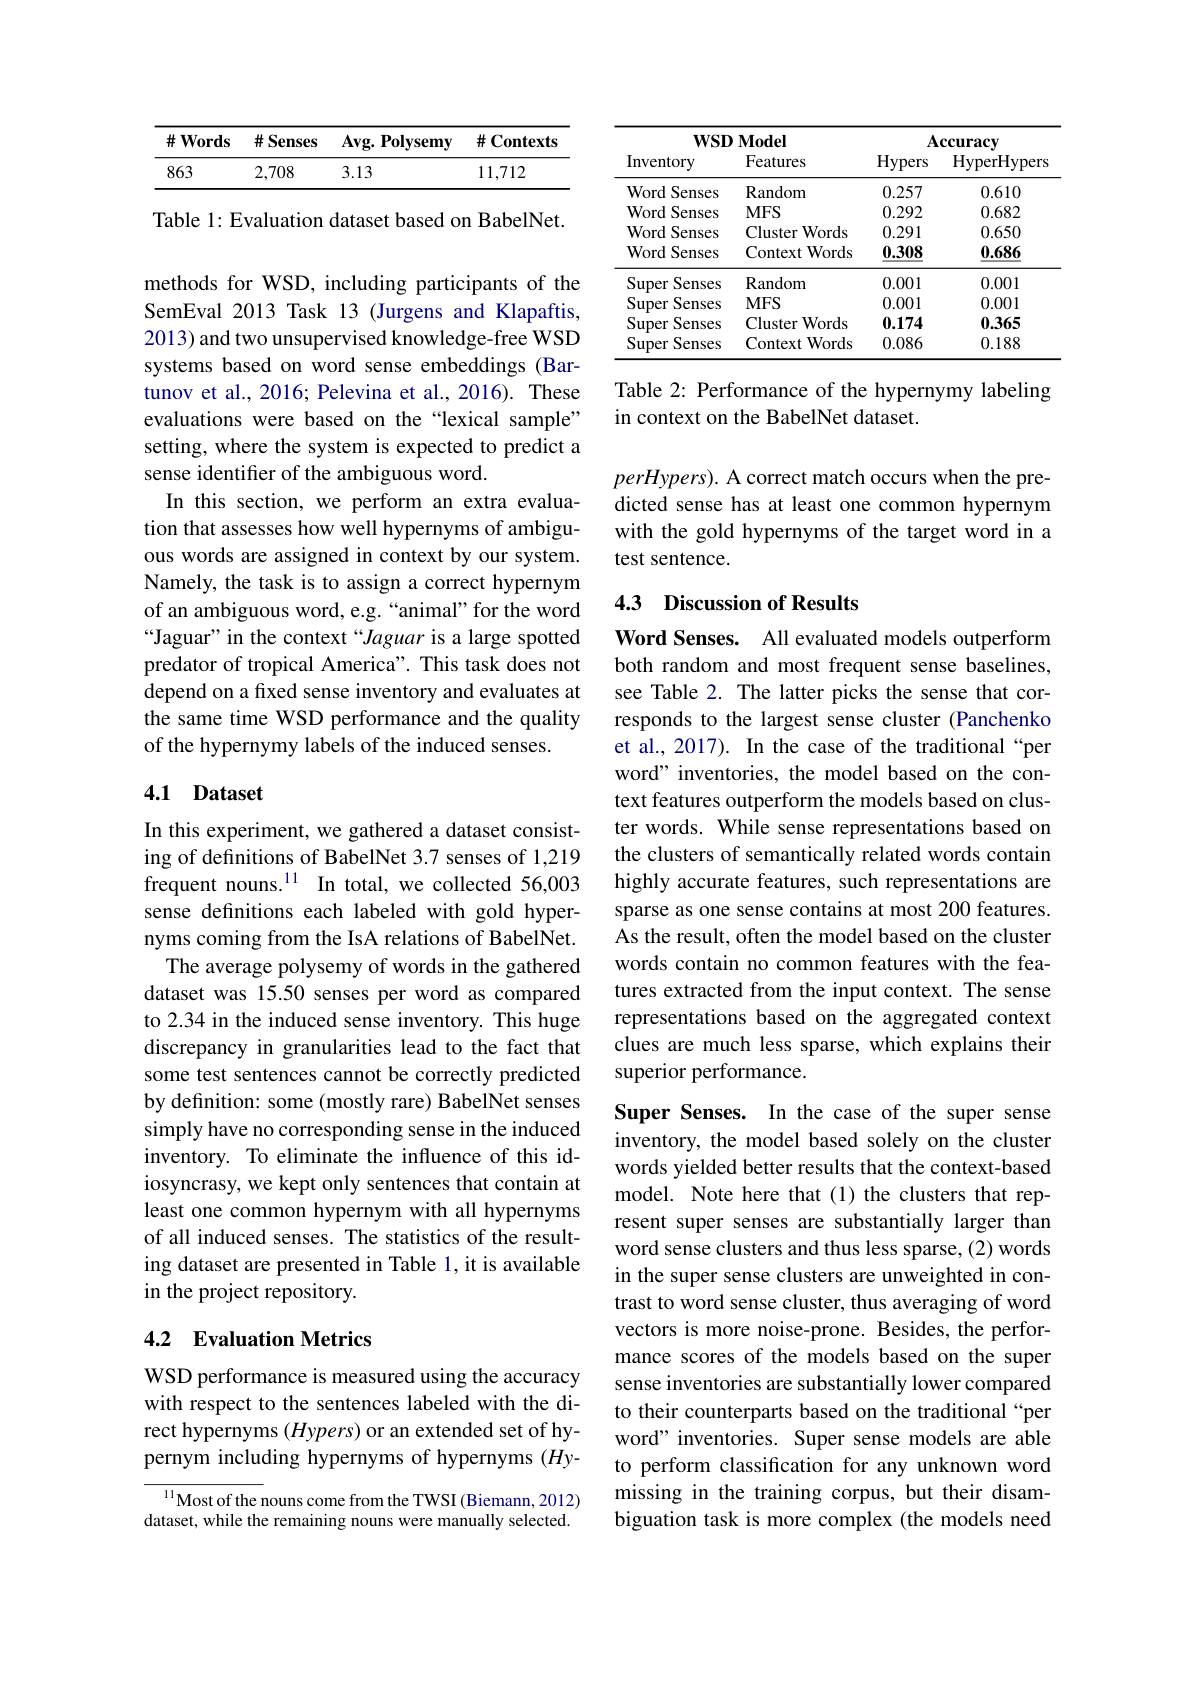
<table>
	<tbody>
		<tr>
			<th>$\#Words$</th>
			<th>$\#$ Senses</th>
			<th>$Avg.$ $\mathbf{Polysemy}$</th>
			<th>$\#$Contexts</th>
		</tr>
		<tr>
			<td>863</td>
			<td>2,708</td>
			<td>3.13</td>
			<td>11,712</td>
		</tr>
	</tbody>
</table>

Table 1: Evaluation dataset based on BabelNet.

methods for WSD, including participants of the SemEval 2013 Task 13 (Jurgens and Klapaftis, 2013) and two unsupervised knowledge-free WSD systems based on word sense embeddings (Bartunov et al., 2016; Pelevina et al., 2016). These evaluations were based on the“lexical sample” setting, where the system is expected to predict a sense identifier of the ambiguous word.
In this section, we perform an extra evaluation that assesses how well hypernyms of ambiguous words are assigned in context by our system. Namely, the task is to assign a correct hypernym of an ambiguous word, e.g. “animal”for the word “Jaguar" in the context“Jaguar is a large spotted predator of tropical America". This task does not depend on a fixed sense inventory and evaluates at the same time WSD performance and the quality of the hypernymy labels of the induced senses.

### 4.1 Dataset

In this experiment, we gathered a dataset consisting of definitions of BabelNet 3.7 senses of 1,219 frequent nouns.$^{11}$ In total, we collected 56,003 sense definitions each labeled with gold hypernyms coming from the IsA relations of BabelNet.
The average polysemy of words in the gathered dataset was 15.50 senses per word as compared to 2.34 in the induced sense inventory. This huge discrepancy in granularities lead to the fact that some test sentences cannot be correctly predicted by definition: some (mostly rare) BabelNet senses simply have no corresponding sense in the induced inventory. To eliminate the influence of this idiosyncrasy, we kept only sentences that contain at least one common hypernym with all hypernyms of all induced senses. The statistics of the resulting dataset are presented in Table 1, it is available in the project repository.

## 4.2 Evaluation Metrics

WSD performance is measured using the accuracy with respect to the sentences labeled with the direct hypernyms $(Hypers)$ or an extended set of hypernym including hypernyms of hypernyms (Hy-

${\frac{11}{\text{Most of the }}}$nouns come from the TWSI (Biemann, 2012) dataset, while the remaining nouns were manually selected.

<table>
	<tbody>
		<tr>
			<th>$WSD$</th>
			<th>$\mathbf{Model}$</th>
			<th colspan="2">$\mathbf{Accuracy}$</th>
		</tr>
		<tr>
			<th>Inventory</th>
			<th>Features</th>
			<th>Hypers</th>
			<th>HyperHypers</th>
		</tr>
		<tr>
			<td>Senses Word 1 </td>
			<td>Random</td>
			<td>0.257</td>
			<td>0.610</td>
		</tr>
		<tr>
			<td>Senses Word</td>
			<td>$MFS$</td>
			<td>0.292</td>
			<td>0.682</td>
		</tr>
		<tr>
			<td>Word Senses 11 </td>
			<td>Cluster Words T</td>
			<td>0.291</td>
			<td>0.650</td>
		</tr>
		<tr>
			<td>Word Senses</td>
			<td>Context Words</td>
			<td>0.308</td>
			<td>0.686</td>
		</tr>
		<tr>
			<td>Senses Super</td>
			<td>Random</td>
			<td>0.001</td>
			<td>0.001</td>
		</tr>
		<tr>
			<td>Super Senses</td>
			<td>$MFS$</td>
			<td>0.001</td>
			<td>0.001</td>
		</tr>
		<tr>
			<td>Senses Super</td>
			<td>Cluster Words</td>
			<td>0.174</td>
			<td>0.365</td>
		</tr>
		<tr>
			<td>Super Senses</td>
			<td>Context $\textbf{t Words}$</td>
			<td>0.086</td>
			<td>0.188</td>
		</tr>
	</tbody>
</table>

Table 2: Performance of the hypernymy labeling
in context on the BabelNet dataset.

$perHypers).$ A correct match occurs when the predicted sense has at least one common hypernym with the gold hypernyms of the target word in a test sentence.

## 4.3 Discussion of Results

Word Senses. All evaluated models outperform both random and most frequent sense baselines, see Table 2. The latter picks the sense that corresponds to the largest sense cluster (Panchenko et al., 2017). In the case of the traditional “per word" inventories, the model based on the context features outperform the models based on cluster words. While sense representations based on the clusters of semantically related words contain highly accurate features, such representations are sparse as one sense contains at most 200 features. As the result, often the model based on the cluster words contain no common features with the features extracted from the input context. The sense representations based on the aggregated context clues are much less sparse, which explains their superior performance.

Super Senses. In the case of the super sense inventory, the model based solely on the cluster words yielded better results that the context-based model. Note here that(1) the clusters that represent super senses are substantially larger than word sense clusters and thus less sparse, (2) words in the super sense clusters are unweighted in contrast to word sense cluster, thus averaging of word vectors is more noise-prone. Besides, the performance scores of the models based on the super sense inventories are substantially lower compared to their counterparts based on the traditional “per word" inventories. Super sense models are able to perform classification for any unknown word missing in the training corpus, but their disambiguation task is more complex (the models need